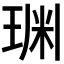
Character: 𱯂